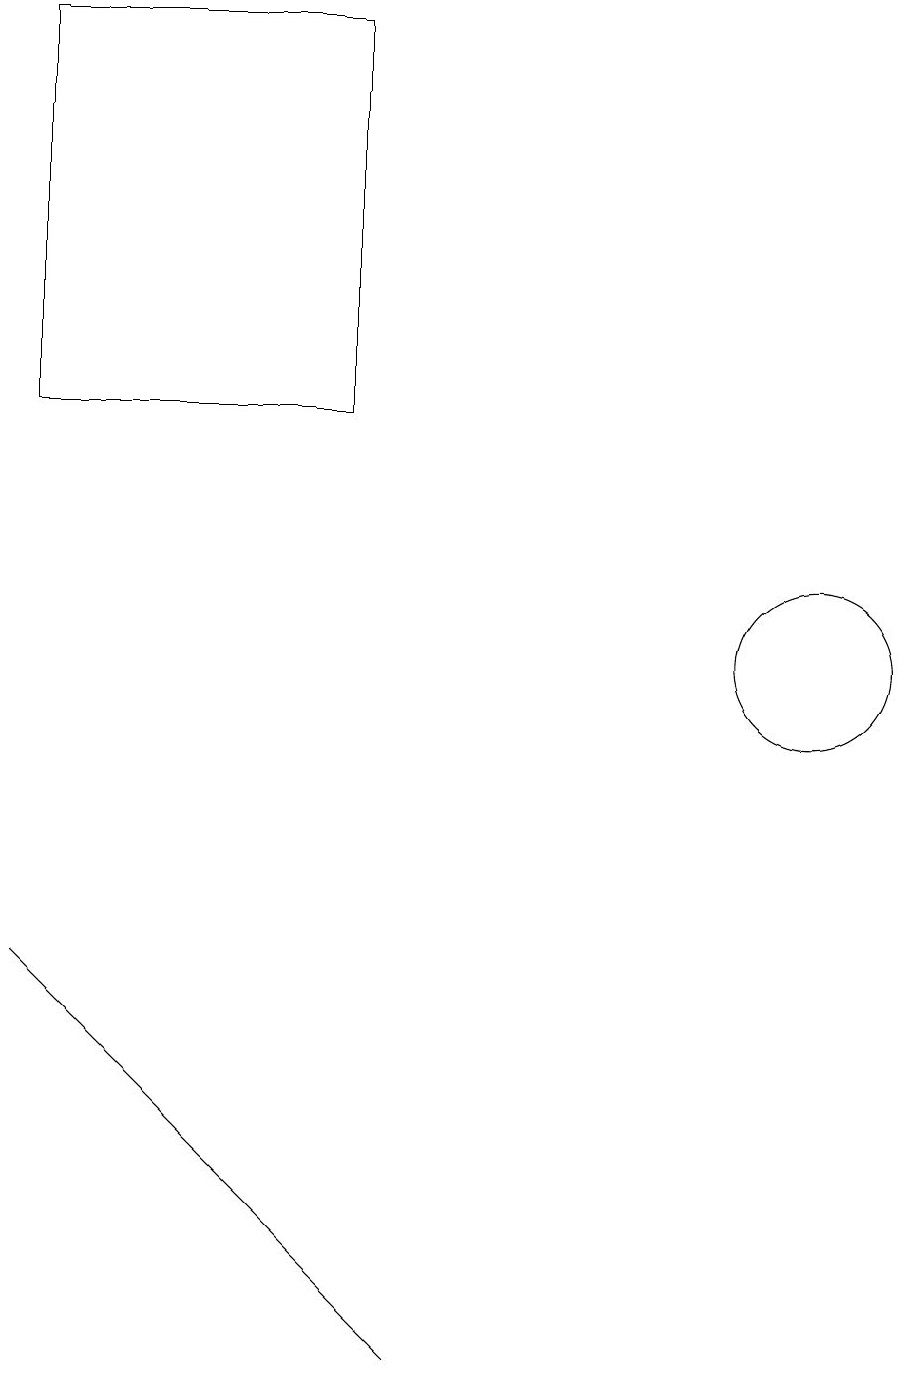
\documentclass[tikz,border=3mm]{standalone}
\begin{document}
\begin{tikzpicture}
\draw (10,10) circle (1);
\draw (0,18) rectangle (4,13);
\draw (4,2) -- (0,6) -- (5,1) -- cycle;
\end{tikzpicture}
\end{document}